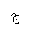
Letter: _gim